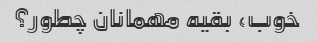
خوب، بقیه مهمانان چطور؟